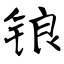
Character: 锒